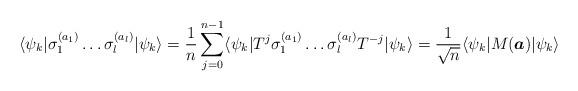
LaTeX: \begin{align*} \langle\psi_k|\sigma_{ 1 }^{( a_1 )}\dots\sigma_{ l }^{( a_l )}|\psi_k\rangle &=\frac{1}{n}\sum_{j=0}^{n-1}\langle\psi_k|T^{j}\sigma_{ 1 }^{( a_1 )}\dots\sigma_{ l }^{( a_l )}T^{-j}|\psi_k\rangle=\frac{1}{\sqrt{n}}\langle\psi_k|M(\boldsymbol{a})|\psi_k\rangle\end{align*}